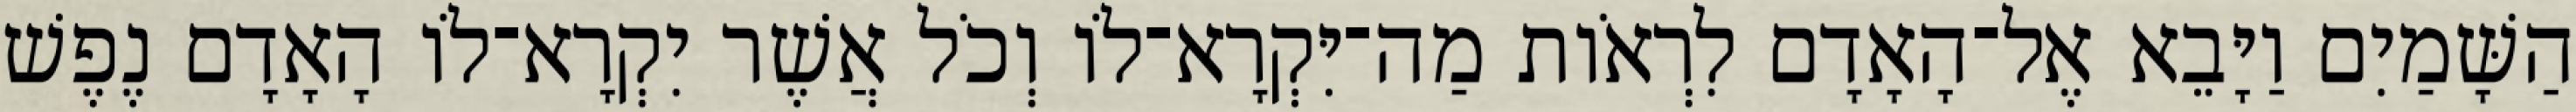
הַשָּׁמַיִם וַיָּבֵא אֶל־הָאָדָם לִרְאֹות מַה־יִּקְרָא־לֹו וְכֹל אֲשֶׁר יִקְרָא־לֹו הָאָדָם נֶפֶשׁ